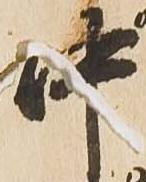
中